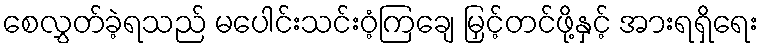
စေလွှတ်ခဲ့ရသည် မပေါင်းသင်းဝံ့ကြချေ မြှင့်တင်ဖို့နှင့် အားရရှိရေး